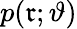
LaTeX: p(\mathfrak{r};\vartheta)